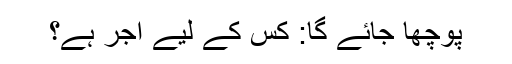
پوچھا جائے گا: کس کے لیے اَجر ہے؟